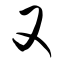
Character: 又